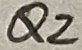
Text: Q2